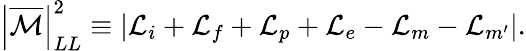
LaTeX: \left|{\overline{{{\cal M}}}}\right|_{LL}^{2}\equiv\left|{\cal L}_{i}+{\cal L}_{f}+{\cal L}_{p}+{\cal L}_{e}-{\cal L}_{m}-{\cal L}_{m^{\prime}}\right|.